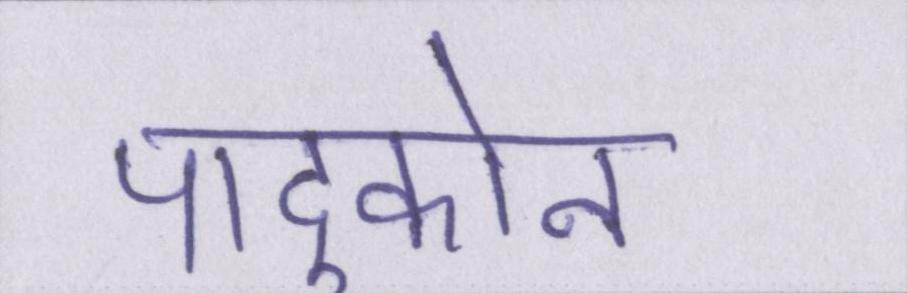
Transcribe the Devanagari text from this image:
पादुकोन